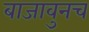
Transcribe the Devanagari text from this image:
बाजावुनच